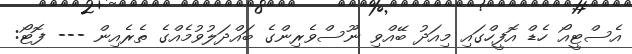
އެސްޓީއޯ ހެޑް އޮފީހްގައި މިއަދު ބޭއްވި ނޫސްވެރިންގެ ބައްދަލުވުމެއްގެ ތެރެއިން --- ފޮޓޯ: